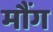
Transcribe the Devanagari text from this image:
मौंग